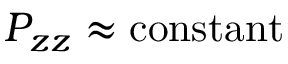
P _ { z z } \approx \mathrm { c o n s t a n t }